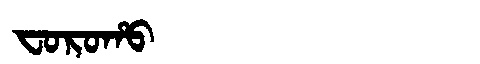
Manchu: ᠸᠣᡵᠣᡥᠣ
Romanization: FOROHO